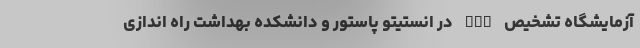
آزمایشگاه تشخیص PCR در انستیتو پاستور و دانشکده بهداشت راه اندازی